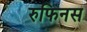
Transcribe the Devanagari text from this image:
रुफिनस